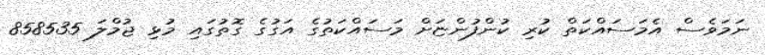
ނަމަވެސް އެމަސައްކަތް ކުރި ކުންފުންޏަށް މަސައްކަތުގެ އަގުގެ ގޮތުގައި މުޅި ޖުމްލަ 858535